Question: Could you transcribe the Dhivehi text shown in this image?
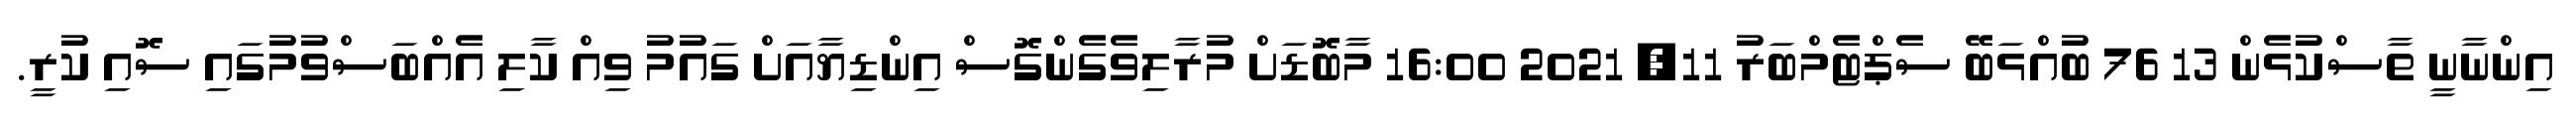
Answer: އިންނާނީ ތާސްކުޅެން 13 76 ބުއްޅަބޭ ސެޕްޓެމްބަރު 11, 2021 16:00 މާބޮޑަށް މުރާލިވެގެންގޮސް އިންޑިޔާއަށް ގައުމު ވިއް ކާލި އެއްބަސްވުމުގައި ސޮއި ކުރީ.